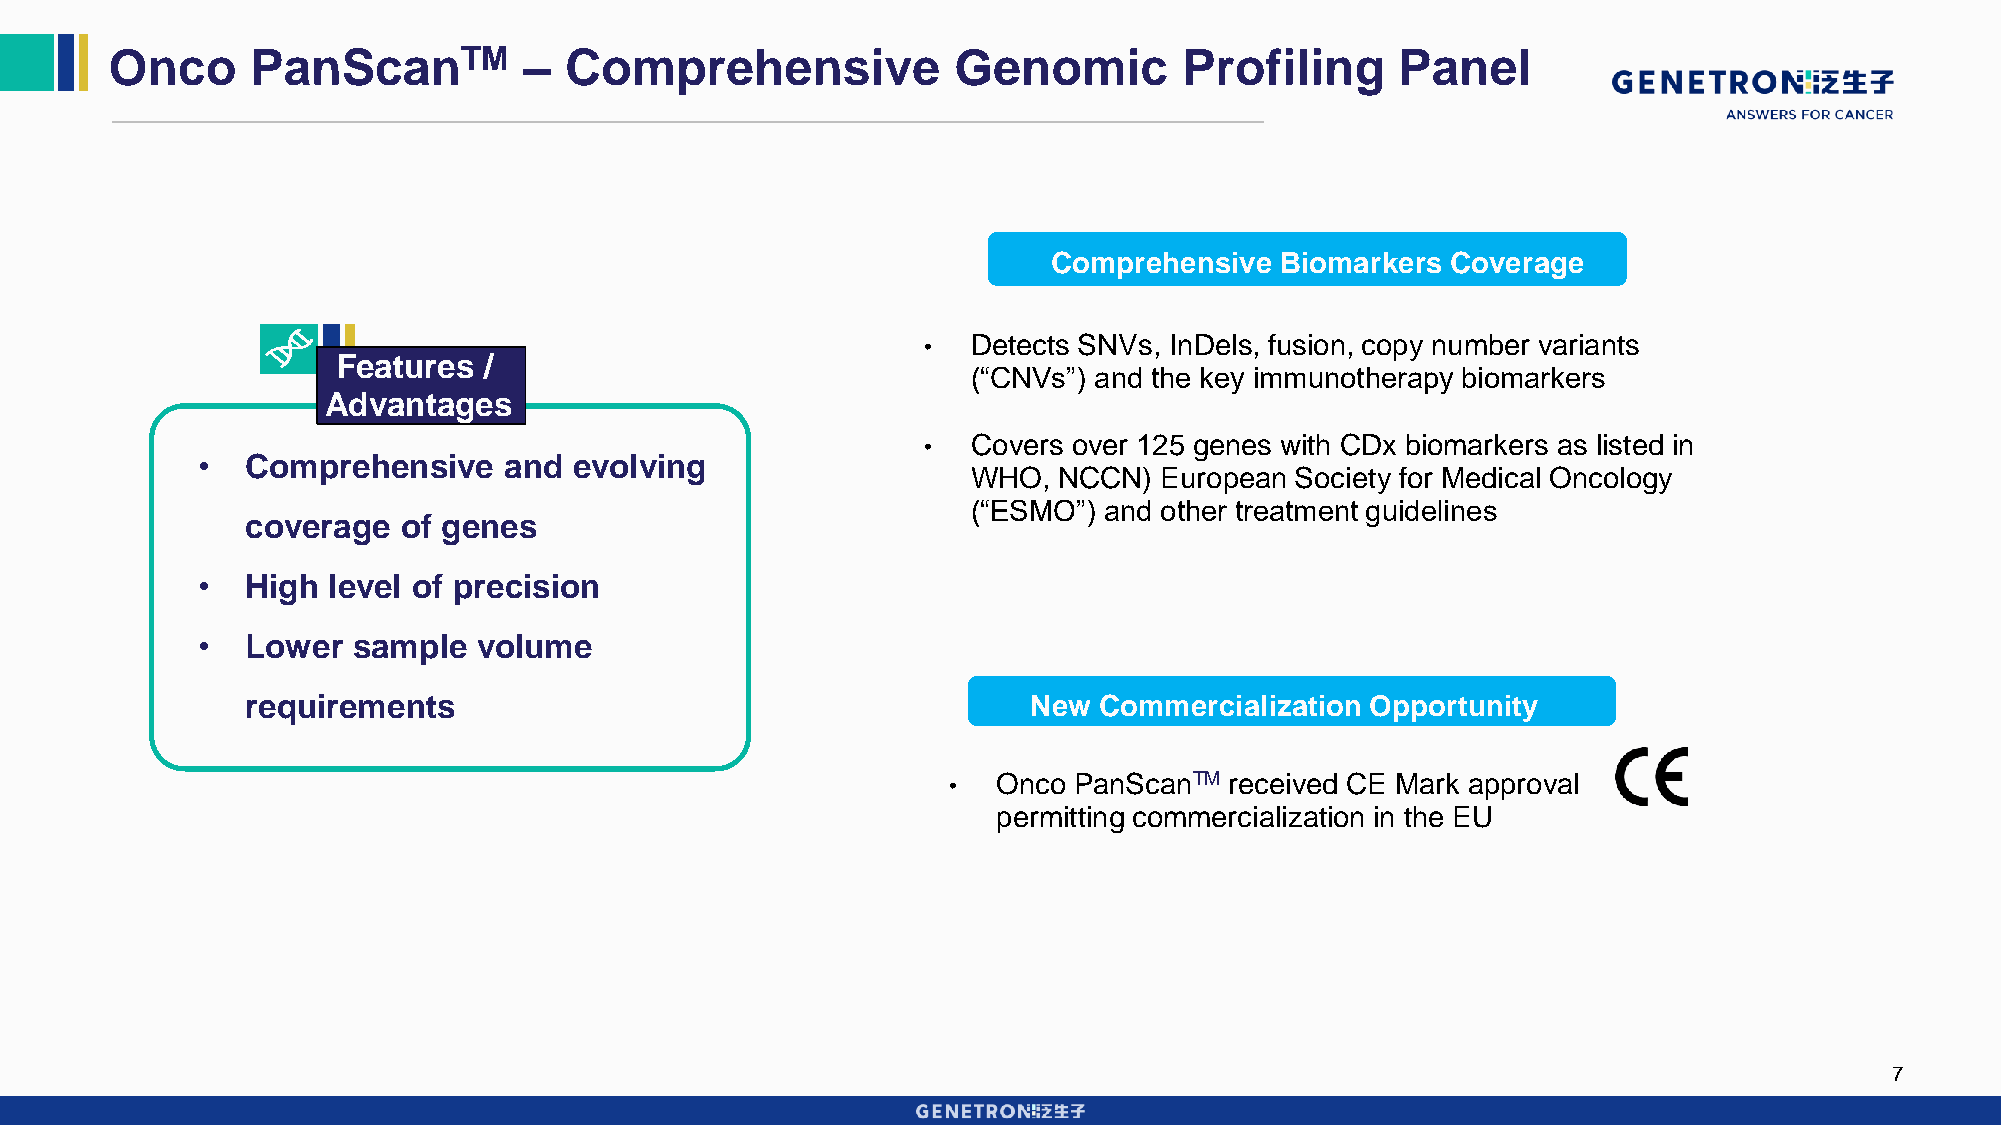
Onco      PanScanTM         – Comprehensive             Genomic        Profiling      Panel
 Comprehensive  Biomarkers Coverage
 •  Detects SNVs, InDels, fusion, copy number variants
 Features  /
 (“CNVs”) and the key immunotherapy biomarkers
 Advantages
 •  Covers over 125 genes with CDx biomarkers as listed in
 •  Comprehensive    and  evolving
 WHO,  NCCN)  European Society for Medical Oncology
 (“ESMO”) and other treatment guidelines
 coverage   of genes
 •  High  level of precision
 •  Lower  sample   volume
 requirements                                        New  Commercialization Opportunity
 •  Onco PanScanTM received CE Mark approval
 permitting commercialization in the EU
 7